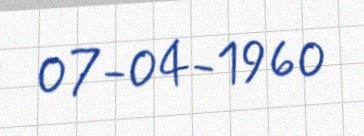
07-04-1960